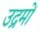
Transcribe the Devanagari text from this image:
उद्रमों